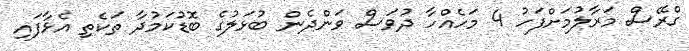
ގްރޭސް މަރާލުމަށްފަހު 4 މަހެއްހާ ދުވަސް ވަންދެން ބުޅަލުގެ ބޮޑުކަމުދާ ތަކެތި އެޅާފައި